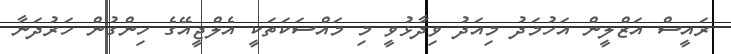
ރައީސް އަޒްލީން އަހުމަދު މިއަދު ވިދާޅުވީ މި މައްސަކަތަކީ އެލްޖީއޭގެ ހިންގުން ހަރުދަނާ